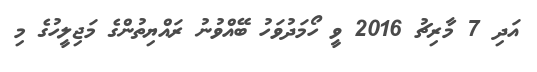
އަދި 7 މާރިޗު 2016 ވީ ހޯމަދުވަހު ބޭއްވުނު ރައްޔިތުންގެ މަޖިލީހުގެ މި